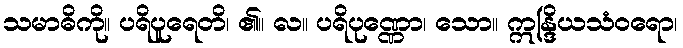
သမာဓိကို။ ပရိပူရေတိ၊ ၏။ လ။ ပရိပုဏ္ဏော၊ သော။ ဣန္ဒြိယသံဝရော၊